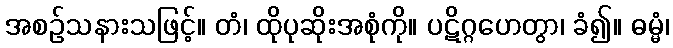
အစဉ်သနားသဖြင့်။ တံ၊ ထိုပုဆိုးအစုံကို။ ပဋိဂ္ဂဟေတွာ၊ ခံ၍။ ဓမ္မံ၊